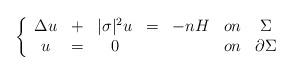
LaTeX: \begin{align*}\left\{ \begin{array}{ccccccc} \Delta u & + & |\sigma|^2u & = & -nH & on & \Sigma \\ u & = & 0 & & & on & \partial\Sigma \\ \end{array}\right.\end{align*}